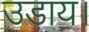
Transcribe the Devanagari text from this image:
उड़ाय।